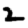
Digit: 2